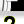
Digit: 2